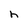
Character: h